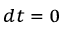
\scriptstyle d t \; = \; 0